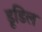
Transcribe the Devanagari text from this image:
डूडिल